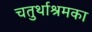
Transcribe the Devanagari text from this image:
चतुर्थाश्रमका